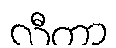
လီတာ